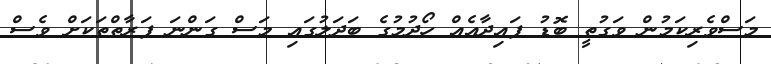
މަސްވެރިކަމުން ވަގުތީ ބޮޑު ފައިދާއެއް ހޯދުމުގެ ބަދަލުގައި މަސް ގަންނަ ފަރާތްތަކަށް ވެސް